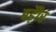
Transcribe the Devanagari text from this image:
बड़ेौर